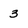
Character: 3